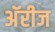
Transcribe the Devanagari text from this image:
अॅरीज